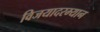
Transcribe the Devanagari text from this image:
विजयादरम्यान